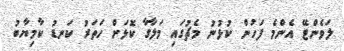
ލަވެންޓޭ އެންމެ ފަހުން ކުޅުނު މެޗުގައި މަލާގާ ކޮޅަށް ހަތަރު ކަނޑު ކާމިޔާބު